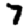
Digit: 7